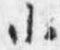
小